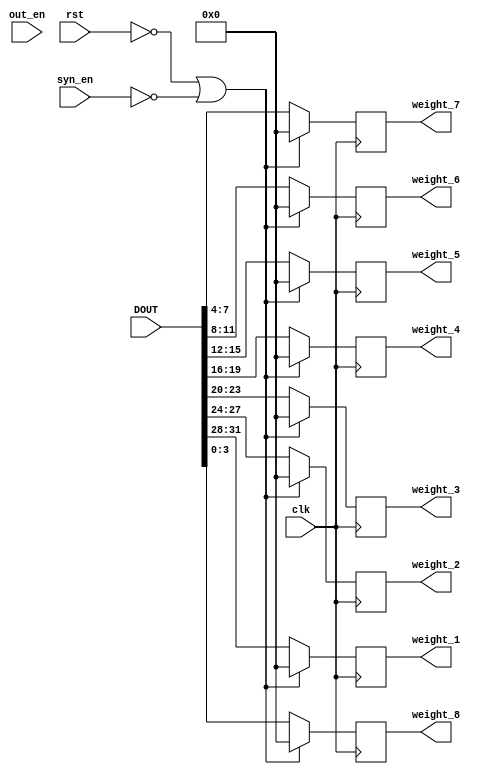
`define N_NUM 32
`define G_NUM 4
`define N_SZ 5
`define G_SZ 2
`define IDLE 3'b000
`define SET 3'b001
`define SYN_ACCU 3'b010
`define DECAY 3'b011
`define PDE 3'b100
`define FINISH 3'b101
`define DONE 3'b110


module syn_group(
    clk,
    rst,
    syn_en,
    out_en,
    DOUT,
    weight_1,
    weight_2,
    weight_3,
    weight_4,
    weight_5,
    weight_6,
    weight_7,
    weight_8
);

input clk;
input rst;
input syn_en;
input out_en;
input [31 : 0] DOUT;
output reg [3 : 0] weight_1;
output reg [3 : 0] weight_2;
output reg [3 : 0] weight_3;
output reg [3 : 0] weight_4;
output reg [3 : 0] weight_5;
output reg [3 : 0] weight_6;
output reg [3 : 0] weight_7;
output reg [3 : 0] weight_8;
reg [3 : 0] weight_1_tmp;
reg [3 : 0] weight_2_tmp;
reg [3 : 0] weight_3_tmp;
reg [3 : 0] weight_4_tmp;
reg [3 : 0] weight_5_tmp;
reg [3 : 0] weight_6_tmp;
reg [3 : 0] weight_7_tmp;
reg [3 : 0] weight_8_tmp;

always@(posedge clk)
begin
    if (~rst | ~syn_en)
    begin
        weight_1 <= 0;
        weight_2 <= 0;
        weight_3 <= 0;
        weight_4 <= 0;
        weight_5 <= 0;
        weight_6 <= 0;
        weight_7 <= 0;
        weight_8 <= 0;
    end
    else
    begin
        weight_1 <= weight_1_tmp;
        weight_2 <= weight_2_tmp;
        weight_3 <= weight_3_tmp;
        weight_4 <= weight_4_tmp;
        weight_5 <= weight_5_tmp;
        weight_6 <= weight_6_tmp;
        weight_7 <= weight_7_tmp;
        weight_8 <= weight_8_tmp;
    end
end

always@(*)
begin
    begin
        weight_1_tmp = DOUT[31 : 28];
        weight_2_tmp = DOUT[27 : 24];
        weight_3_tmp = DOUT[23 : 20];
        weight_4_tmp = DOUT[19 : 16];
        weight_5_tmp = DOUT[15 : 12];
        weight_6_tmp = DOUT[11 : 8];
        weight_7_tmp = DOUT[7 : 4];
        weight_8_tmp = DOUT[3 : 0];
    end
end

endmodule